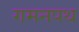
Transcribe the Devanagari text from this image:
गमनपथ